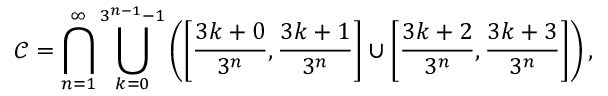
{ \mathcal { C } } = \bigcap _ { n = 1 } ^ { \infty } \bigcup _ { k = 0 } ^ { 3 ^ { n - 1 } - 1 } \left( \left[ { \frac { 3 k + 0 } { 3 ^ { n } } } , { \frac { 3 k + 1 } { 3 ^ { n } } } \right] \cup \left[ { \frac { 3 k + 2 } { 3 ^ { n } } } , { \frac { 3 k + 3 } { 3 ^ { n } } } \right] \right) ,